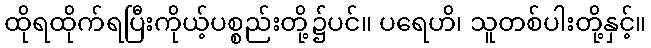
ထိုရထိုက်ရပြီးကိုယ့်ပစ္စည်းတို့၌ပင်။ ပရေဟိ၊ သူတစ်ပါးတို့နှင့်။